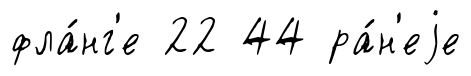
фла́нг'е 22 44 ра́н'еjе